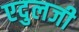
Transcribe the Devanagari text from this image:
एदुलजी